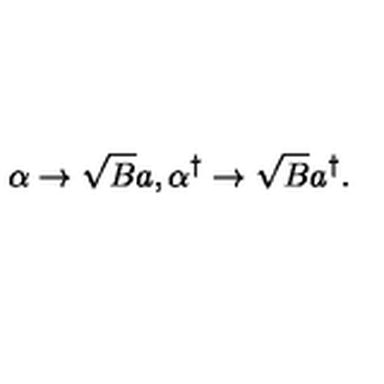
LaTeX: \alpha \rightarrow \sqrt { B } a , \alpha ^ { \dag } \rightarrow \sqrt { B } a ^ { \dag } .